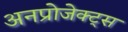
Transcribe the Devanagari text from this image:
अनप्रोजेक्ट्स